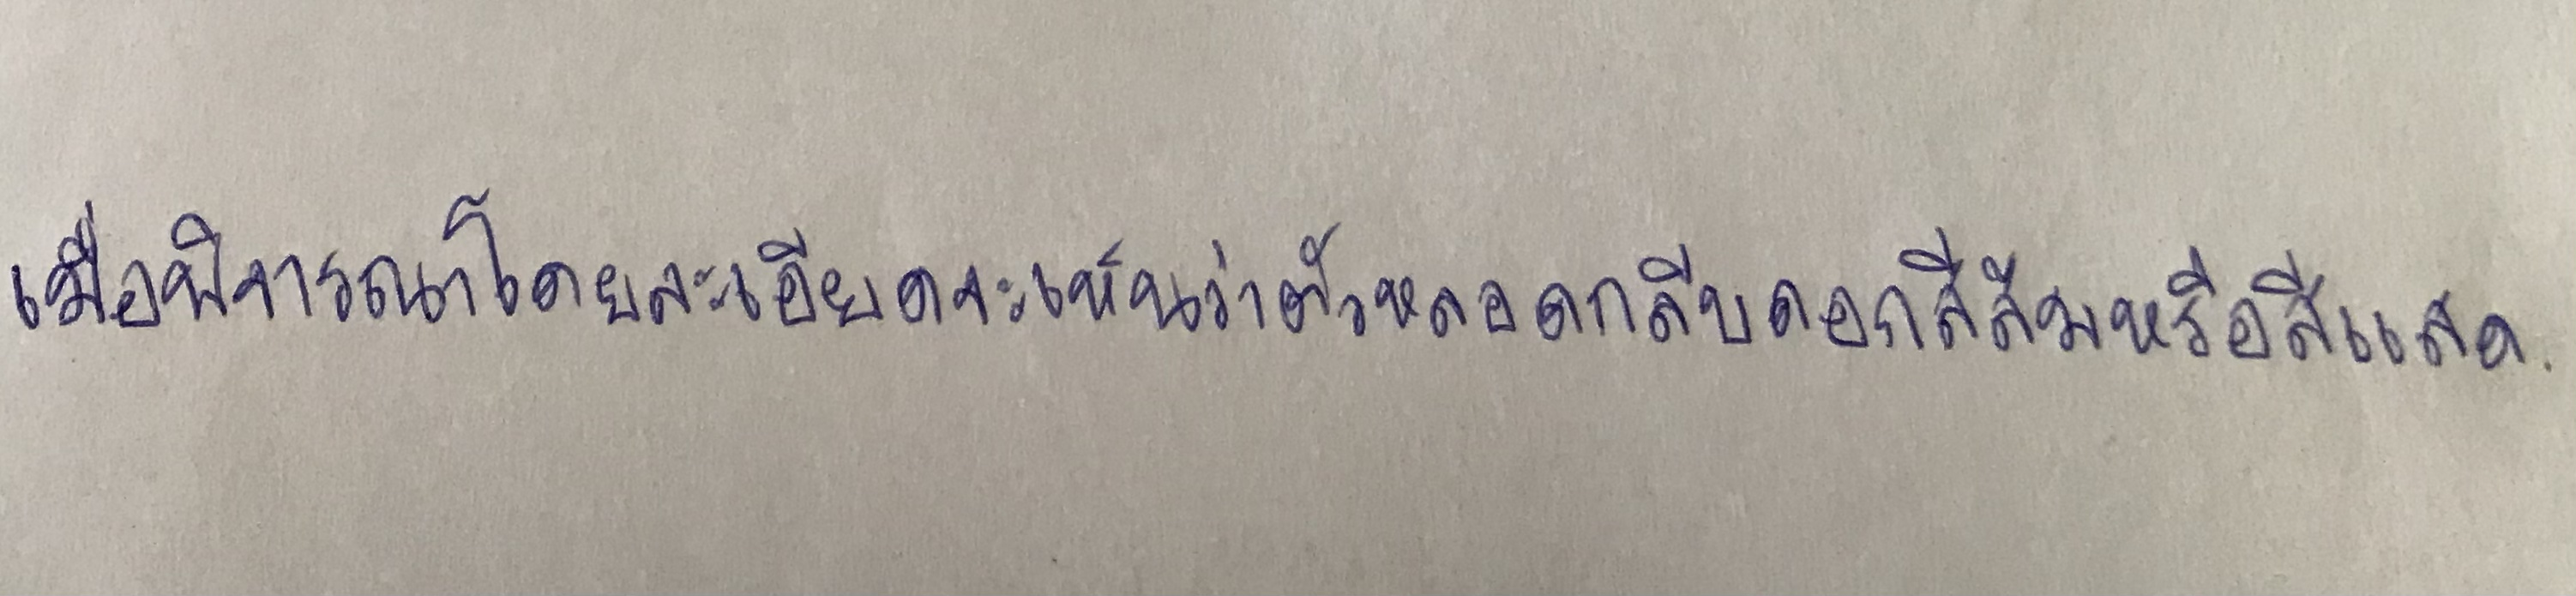
เมื่อพิจารณาโดยละเอียดจะเห็นว่าตัวหลอดกลีบดอกสีส้มหรือสีแสด